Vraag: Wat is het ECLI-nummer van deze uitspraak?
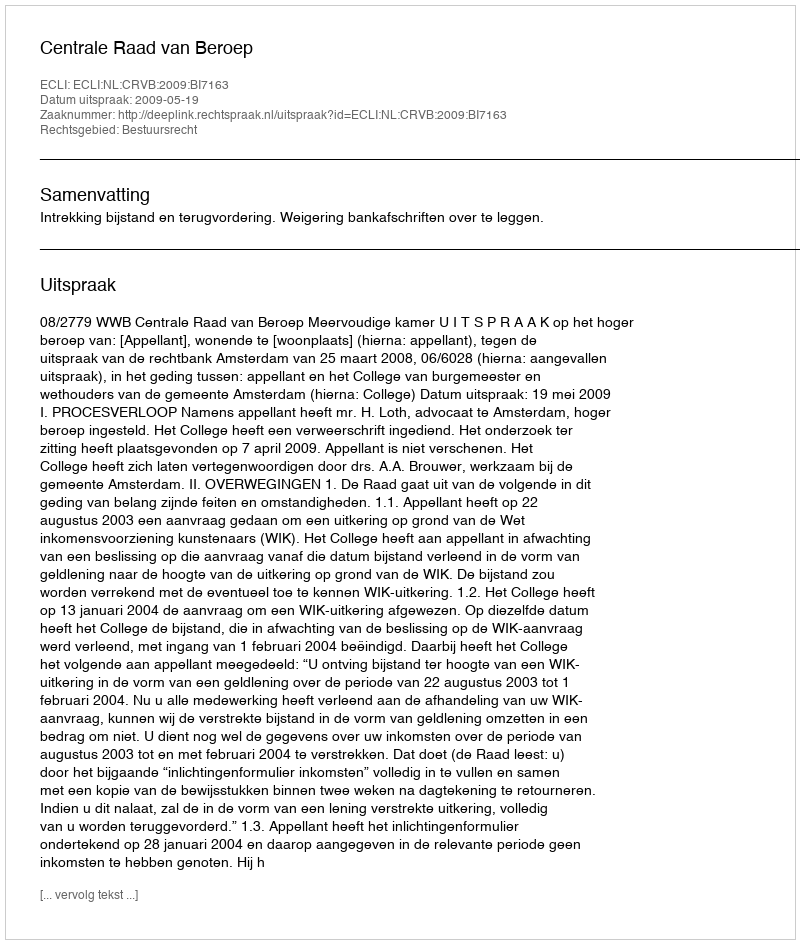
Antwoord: ECLI:NL:CRVB:2009:BI7163